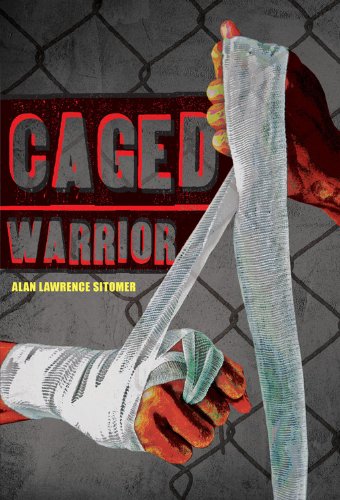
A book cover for Caged Warrior; Alan Lawrence Sitomer; Sports & Outdoors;